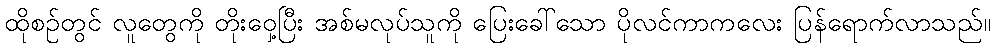
ထိုစဉ်တွင် လူတွေကို တိုးဝှေ့ပြီး အစ်မလုပ်သူကို ပြေးခေါ်သော ပိုလင်ကာကလေး ပြန်ရောက်လာသည်။